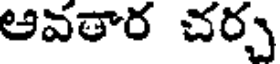
ఆవతార చర్చ